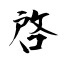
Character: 啓